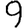
Digit: 9